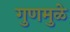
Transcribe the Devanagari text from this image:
गुणमुळे